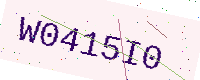
Text: W0415I0